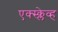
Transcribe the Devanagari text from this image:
एक्स्क्लेव्ह